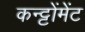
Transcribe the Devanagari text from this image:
कन्ट्टोंमेंट